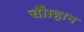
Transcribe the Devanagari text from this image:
चौाहान